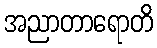
အညာတာရောတိ